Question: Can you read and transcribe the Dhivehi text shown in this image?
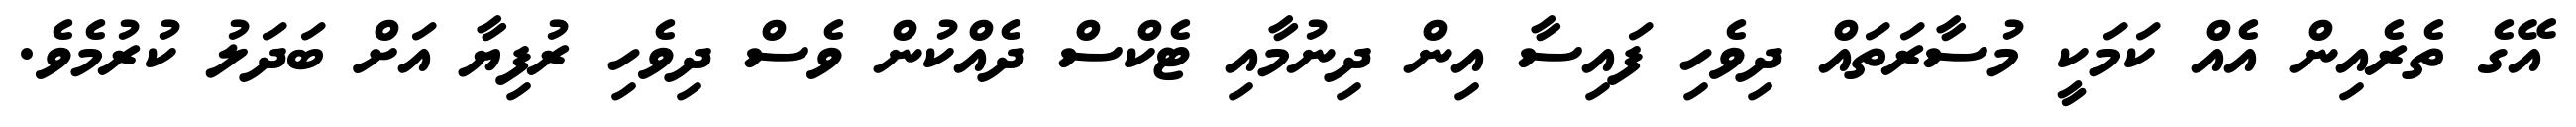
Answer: އޭގެ ތެރެއިން އެއް ކަމަކީ މުސާރަތައް ދިވެހި ފައިސާ އިން ދިނުމާއި ޓެކްސް ދެއްކުން ވެސް ދިވެހި ރުފިޔާ އަށް ބަދަލު ކުރުމެވެ.